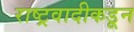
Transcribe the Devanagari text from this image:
राष्ट्रवादीकडून